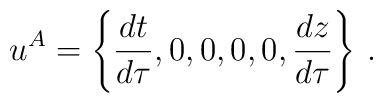
u^A = \left\{ {{dt}\over {d\tau}}, 0,0,0,0,{{dz}\over{d\tau}} \right\}\, .